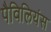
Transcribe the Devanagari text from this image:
पैविलियंस